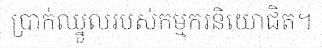
ប្រាក់ឈ្នួលរបស់កម្មករនិយោជិត។